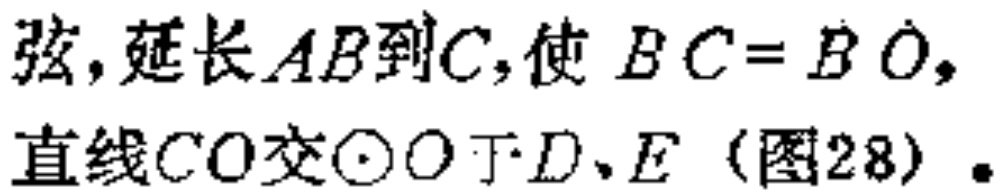
弦,延长\(AB\)到\(C\),使 \(BC = BO\),直线\(CO\)交\(\odot O\)于\(D、E\)（图28）.